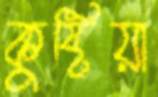
কুষ্টিয়া